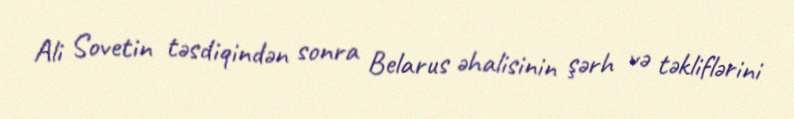
Ali Sovetin təsdiqindən sonra Belarus əhalisinin şərh və təkliflərini